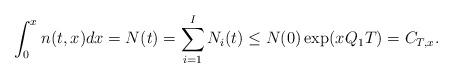
LaTeX: \begin{align*}\int_0^{x_{}} n(t,x)dx= N(t) =\sum_{i=1}^I N_i(t) \leq {N}(0) \exp(x_{} {Q}_1 T) = C_{T,x_{}}.\end{align*}